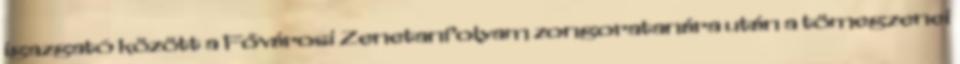
igazgató között a Fővárosi Zenetanfolyam zongoratanára után a tömegzenei